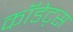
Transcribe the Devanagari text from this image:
कॉडेट्स